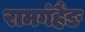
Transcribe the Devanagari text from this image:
रामगंहैंङ